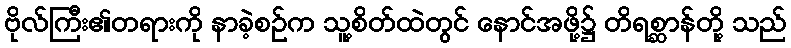
ဗိုလ်ကြီး၏တရားကို နာခဲ့စဉ်က သူ့စိတ်ထဲတွင် နောင်အဖို့၌ တိရစ္ဆာန်တို့ သည်